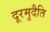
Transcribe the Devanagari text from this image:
दूरमुदैति